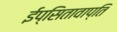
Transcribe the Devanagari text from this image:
ईप्सितावाप्ति